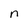
Character: n